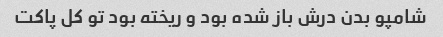
شامپو بدن درش باز شده بود و ریخته بود تو کل پاکت